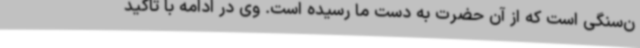
ن‌سنگی است که از آن حضرت به دست ما رسیده است. وی در ادامه با تاکید